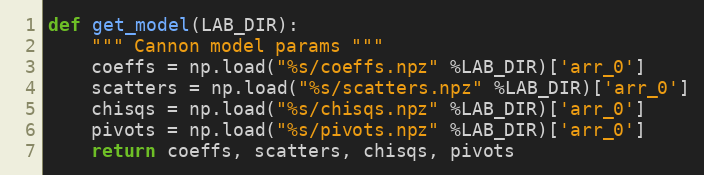
Language: Python
def get_model(LAB_DIR):
    """ Cannon model params """
    coeffs = np.load("%s/coeffs.npz" %LAB_DIR)['arr_0']
    scatters = np.load("%s/scatters.npz" %LAB_DIR)['arr_0']
    chisqs = np.load("%s/chisqs.npz" %LAB_DIR)['arr_0']
    pivots = np.load("%s/pivots.npz" %LAB_DIR)['arr_0']
    return coeffs, scatters, chisqs, pivots